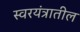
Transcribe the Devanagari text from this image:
स्वरयंत्रातील